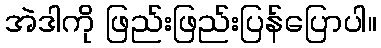
အဲဒါကို ဖြည်းဖြည်းပြန်ပြောပါ။